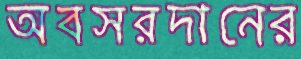
অবসরদানের